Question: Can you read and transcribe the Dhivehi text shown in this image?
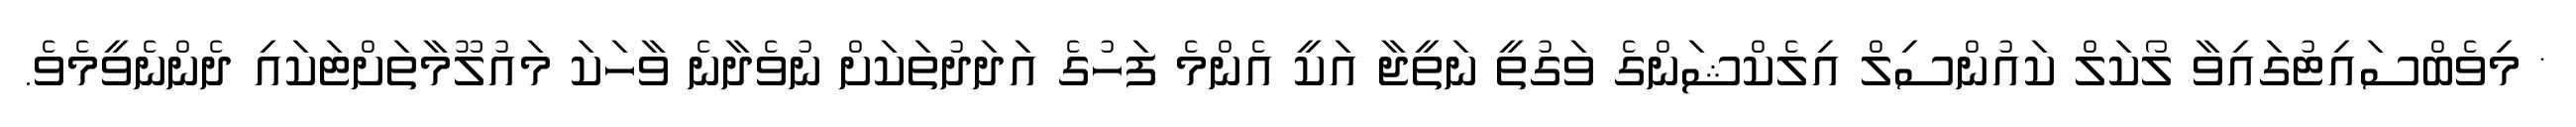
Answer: * މިވެބްސައިޓުގައިވާ ލޯކަލް ކައުންސިލް އިލެކްޝަންގެ ވަގުތީ ނަތީޖާ އަކީ އެންމެ ފަހުގެ އަދަދުތަކަށް ނުވެދާނެ ވާހަކަ މައުލޫމާތަށްޓަކައި ދެންނެވީމެވެ.